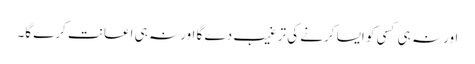
اور نہ ہی کسی کو ایسا کرنے کی ترغیب دے گا اور نہ ہی اعانت کرے گا۔